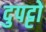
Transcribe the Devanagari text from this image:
दुपट्टों